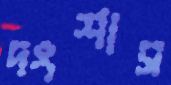
দংশাস